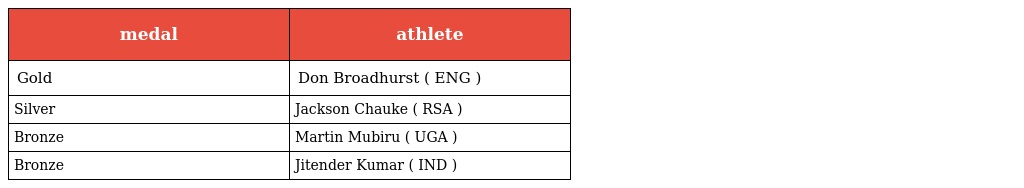
| medal | athlete |
 | --- | --- |
 | Gold | Don Broadhurst ( ENG ) |
 | Silver | Jackson Chauke ( RSA ) |
 | Bronze | Martin Mubiru ( UGA ) |
 | Bronze | Jitender Kumar ( IND ) |